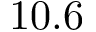
1 0 . 6